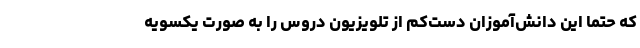
که حتما این دانش‌آموزان دست‌کم از تلویزیون دروس را به صورت یکسویه